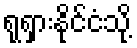
ရုရှားနိုင်ငံသို့